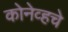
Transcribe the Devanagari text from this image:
कोनेव्हचे